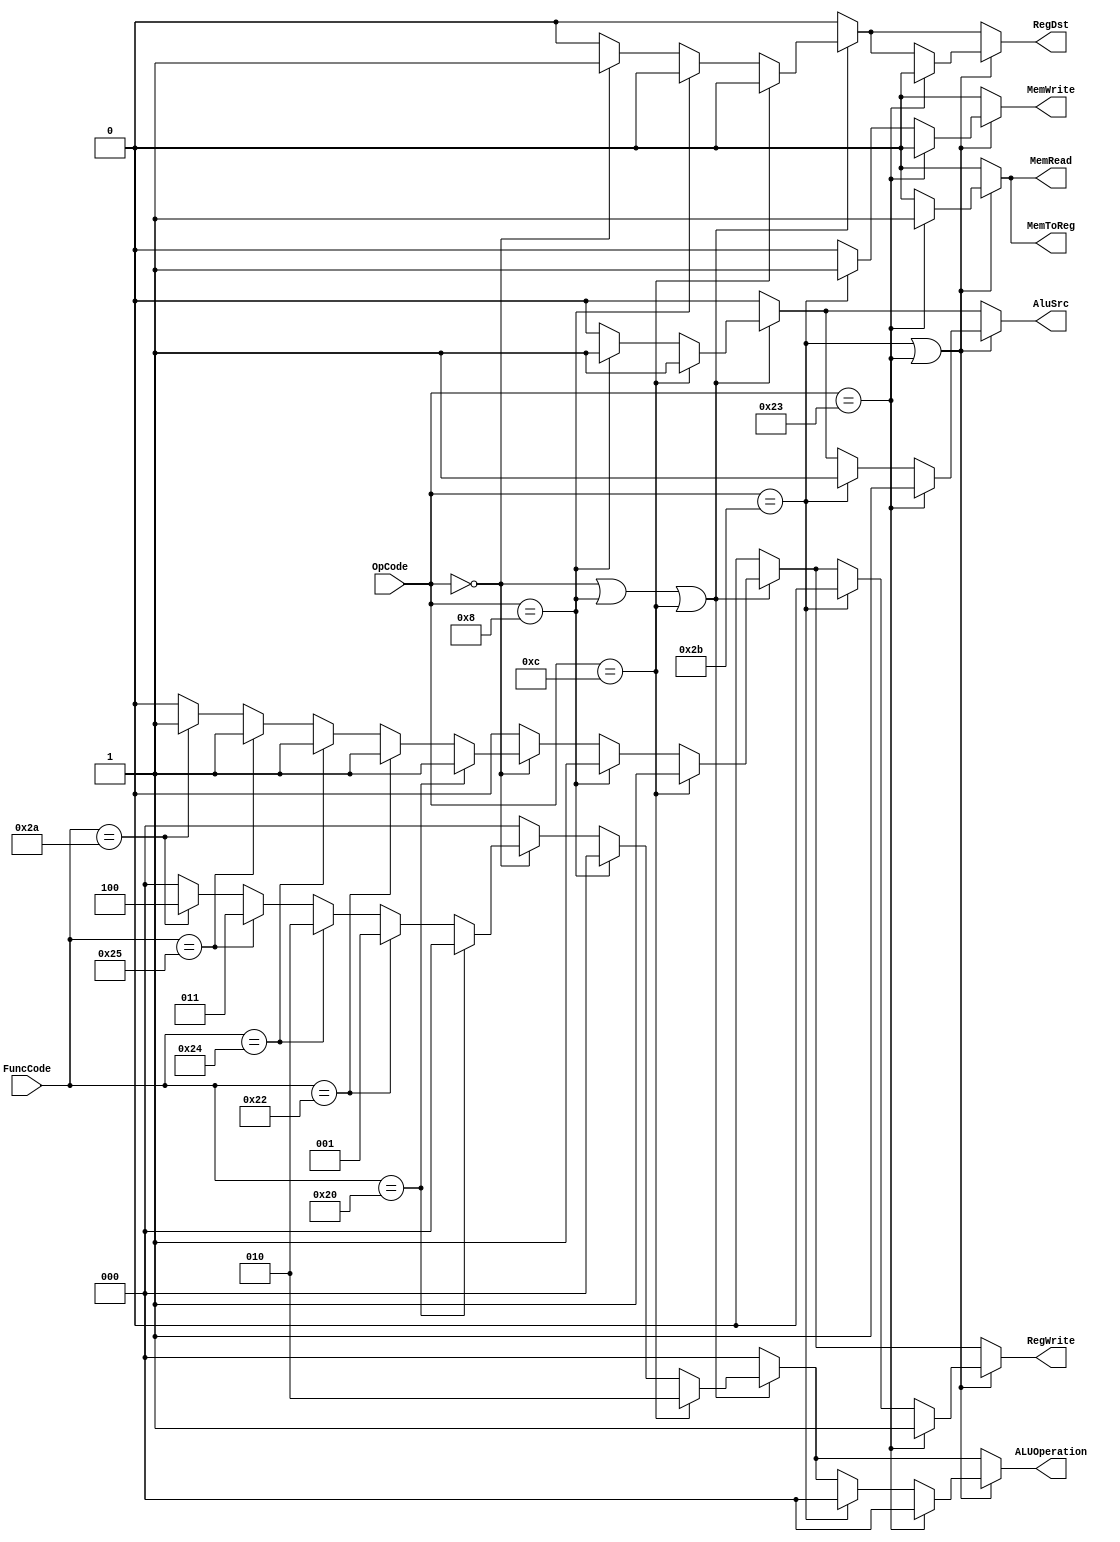
`timescale 1ns/1ns
module Controller(input [5:0]OpCode, FuncCode, output reg RegDst, RegWrite, AluSrc, MemRead, MemWrite, 
MemToReg, output reg [2:0]ALUOperation);
  reg [5:0] ADD = 6'b100000, SUB = 6'b100010, AND = 6'b100100, OR = 6'b100101, SLT = 6'b101010;
  always@(OpCode, FuncCode)begin
    
    RegDst = 0; RegWrite = 0; AluSrc = 0; MemRead = 0; MemWrite = 0; 
    MemToReg = 0; ALUOperation = 0;
    
    //R_TYPE
    if(OpCode == 6'b000000 || OpCode == 6'b001000 || OpCode == 6'b001100) begin
      
      //ADD, SUB, AND, OR, SLT 
      if(OpCode == 6'b000000)begin
        case(FuncCode)
          ADD: begin ALUOperation = 0; RegWrite = 1; end
          SUB: begin ALUOperation = 1; RegWrite = 1; end
          AND: begin ALUOperation = 2; RegWrite = 1; end
          OR: begin ALUOperation = 3; RegWrite = 1; end
          SLT: begin ALUOperation = 4; RegWrite = 1; end
          default:ALUOperation = 0;
        endcase
        RegDst = 1;
      end
      
      //ADDI
      if(OpCode == 6'b001000)begin
        ALUOperation = 0;
        RegDst = 0; RegWrite = 1; AluSrc = 1;
      end
      
      //ANDI
      if(OpCode == 6'b001100)begin
        ALUOperation = 2;
        RegDst = 0; RegWrite = 1; AluSrc = 1;
      end 
      
    end
  
  
    //Memory
    if(OpCode == 6'b101011 || OpCode == 6'b100011)begin
      
      //SW
      if(OpCode == 6'b101011)begin
         ALUOperation = 0;
         RegWrite = 0; AluSrc = 1; MemRead = 0; MemWrite = 1; 
      end
      
      //LW
      if(OpCode == 6'b100011)begin
        RegDst = 0;
        ALUOperation = 0;
        RegWrite = 1; AluSrc = 1; MemRead = 1; MemWrite = 0; MemToReg = 1;
      end
      
    end
    
    //Jump Or Branch
    if(OpCode == 6'b000010 || OpCode == 6'b000100 || OpCode == 6'b000101)begin
      
      //j
      if(OpCode == 6'b000010)begin
      end
      
      //Beq
      if(OpCode == 6'b000100)begin
      end
      
      //Bne
      if(OpCode == 6'b000101)begin
      end
      
    end
    
  end
  

endmodule